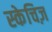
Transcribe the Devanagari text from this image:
स्केचिज़